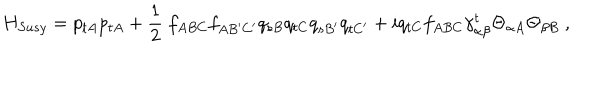
H _ { S u s y } = p _ { t A } p _ { t A } + \frac { 1 } { 2 } \ f _ { A B C } f _ { A B ^ { \prime } C ^ { \prime } } q _ { s B } q _ { t C } q _ { s B ^ { \prime } } q _ { t C ^ { \prime } } + i q _ { t C } f _ { A B C } \gamma _ { \alpha \beta } ^ { t } \Theta _ { \alpha A } \Theta _ { \beta B } \ ,